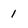
Character: 1